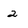
Character: 2